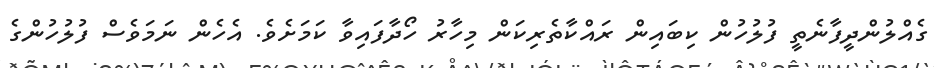
ގެއްލުންދީފާނެތީ ފުލުހުން ކިބައިން ރައްކާތެރިކަން މިހާރު ހޯދާފައިވާ ކަމަށެވެ. އެހެން ނަމަވެސް ފުލުހުންގެ